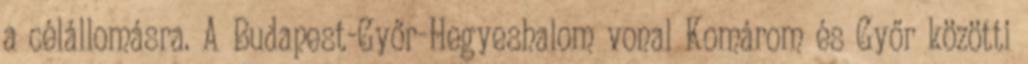
a célállomásra. A Budapest-Győr-Hegyeshalom vonal Komárom és Győr közötti